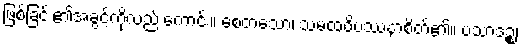
ဖြစ်ခြင်း၏အခွင့်ကိုလည်းကောင်း။ စေတသော၊ သမထဝိပဿနာစိတ်၏။ ပသာဒဉ္စ၊